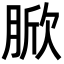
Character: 𦜓